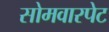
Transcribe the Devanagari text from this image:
सोमवारपेट